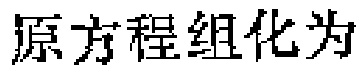
原方程组化为